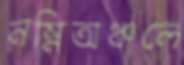
নম্নিঅঞ্চলে